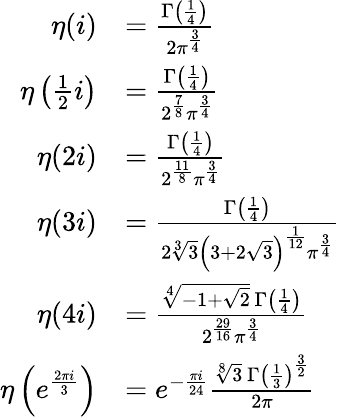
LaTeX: {\begin{array}{rl}{\eta(i)}&{={\frac{\Gamma\left({\frac{1}{4}}\right)}{2\pi^{\frac{3}{4}}}}}\\ {\eta\left({\frac{1}{2}}i\right)}&{={\frac{\Gamma\left({\frac{1}{4}}\right)}{2^{\frac{7}{8}}\pi^{\frac{3}{4}}}}}\\ {\eta(2i)}&{={\frac{\Gamma\left({\frac{1}{4}}\right)}{2^{\frac{11}{8}}\pi^{\frac{3}{4}}}}}\\ {\eta(3i)}&{={\frac{\Gamma\left({\frac{1}{4}}\right)}{2{\sqrt[{3}]{3}}\left(3+2{\sqrt{3}}\right)^{\frac{1}{12}}\pi^{\frac{3}{4}}}}}\\ {\eta(4i)}&{={\frac{{\sqrt[{4}]{-1+{\sqrt{2}}}}\, \Gamma\left({\frac{1}{4}}\right)}{2^{\frac{29}{16}}\pi^{\frac{3}{4}}}}}\\ {\eta\left(e^{\frac{2\pi i}{3}}\right)}&{=e^{-{\frac{\pi i}{24}}}{\frac{{\sqrt[{8}]{3}}\, \Gamma\left({\frac{1}{3}}\right)^{\frac{3}{2}}}{2\pi}}}\end{array}}